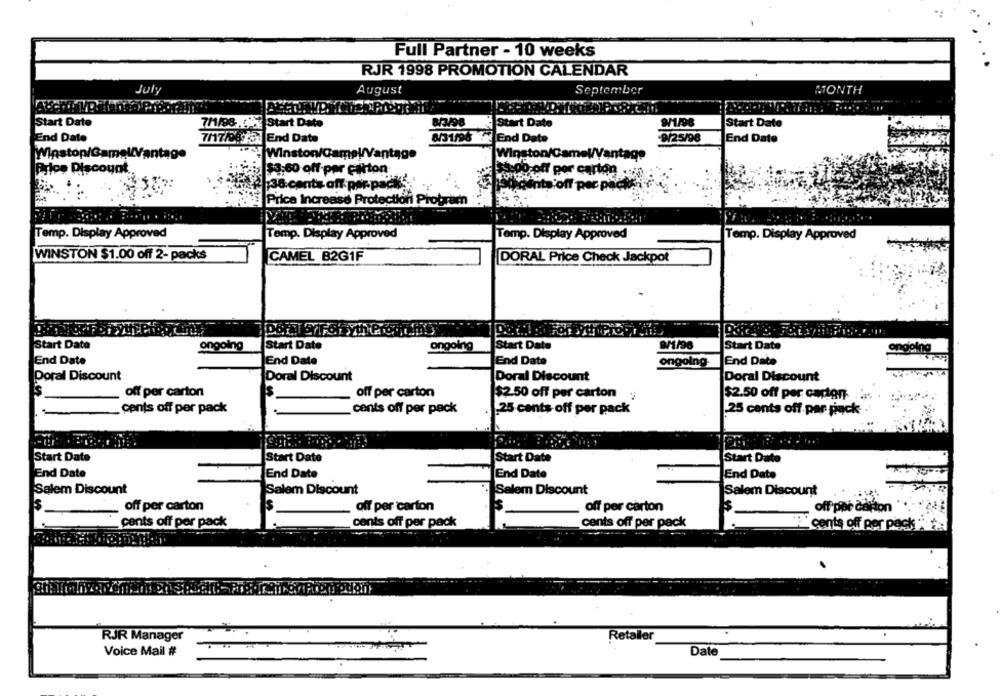
Full Partner - 10 weeks
RJR 1998 PROMOTION CALENDAR
July
August
September
MONTH
Start Date
7/1/98 % Start Date
8/3/98
& Start Date
9/1/98
Start Date
End Date
7/17/9875: End Date
8/31/98 % End Date
-9/25/98
End Date
Winstop/GamelVantage
Winston/CameWVantage
Winston/CameW/Vantage
Price Discount
$3:60 off per carton
$5:00-off por carton
38 cents off per-pack.
Ponta off per packg
Price Increase Protection Program
Temp. Display Approved
Temp. Display Approved
Temp. Display Approved
Temp. Display Approved
WINSTON $1.00 off 2- packs
CAMEL B2G1F
DORAL Price Check Jackpot
Start Date
ongoing
Start Date
ongoing
Start Date
9/1/96
Start Date
angoing
End Date
End Date
End Date
ongoing-
End Date
Doral Discount
Poral Discount
Doral Discount
Doral Discount
off per carton
off per carton
$2.50 off per carton :
$2.50 off per carton. .
cents off per pack
cents off per pack
25 cents-off per pack
25 cents off per pack-
Start Date
Start Date
Start Date
Start Date
End Date
End Date
End Date
End Date
Salem Discount
Salem Discount
Salem Discount
Salem Discount
Is.
off per carton
s
off per carton
off per carton
off por carton
cents off per pack
cents off per pack
cents off per pack
cents off per pack
RJR Manager
Retailer
Voice Mail #
Date